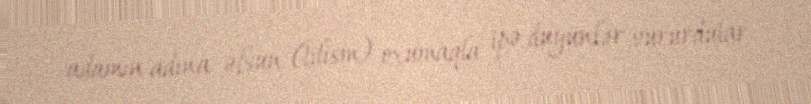
adamın adına əfsun (tilism) oxumaqla ipə düyünlər vururdular.